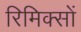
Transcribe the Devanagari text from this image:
रिमिक्सों